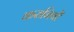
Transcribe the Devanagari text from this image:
करानियों